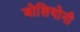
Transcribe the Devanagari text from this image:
बोशियोनी